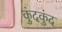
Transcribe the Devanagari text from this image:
कुंदकुंद